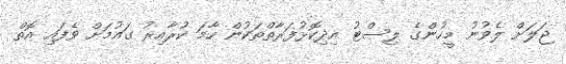
ޖަލަށް ލެވުނު މީހުންގެ ލިސްޓު އިދިކޮޅުފަރާތްތަކުން ހާމަ ކުރާއިރު ގައުމަށް ވެފައި އޮތް